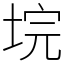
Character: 垸